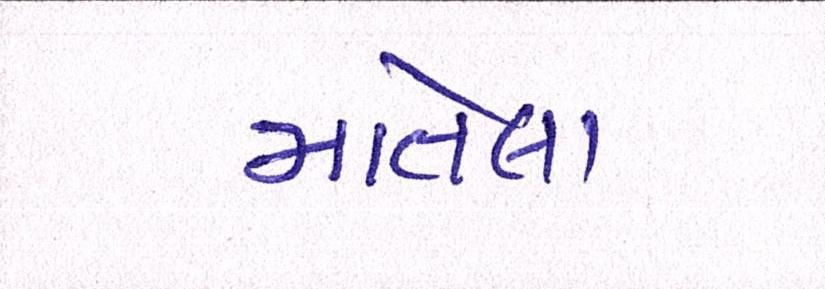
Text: માતેલા